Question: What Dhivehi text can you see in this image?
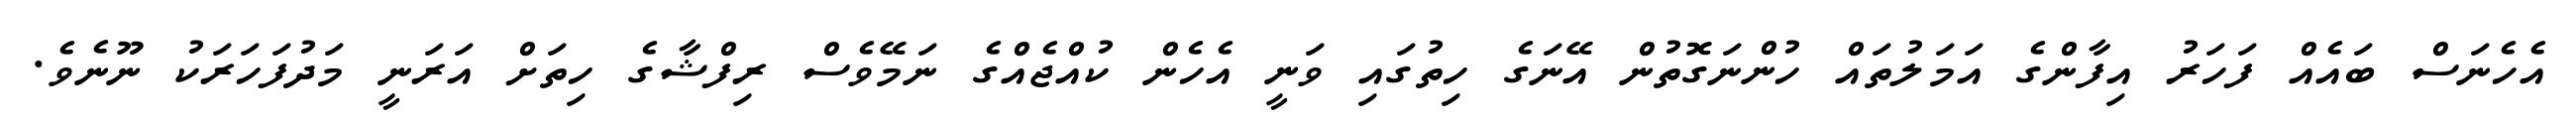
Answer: އެހެނަސް ބައެއް ފަހަރު އިފާންގެ އަމަލުތައް ހުންނަގޮތުން އޭނަގެ ހިތުގައި ވަނީ އެހެން ކުއްޖެއްގެ ނަމޭވެސް ރިފްޝާގެ ހިތަށް އަރަނީ މަދުފަހަރަކު ނޫނެވެ.